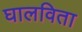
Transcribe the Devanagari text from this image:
घालविता